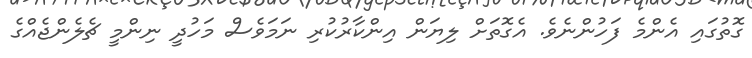
ގޮތުގައި އެންމެ ފަހުންނެވެ. އެގޮތަށް ލިޔަން އިންކާރުކުރި ނަމަވެސް މަހުދީ ނިންމީ ޗެލެންޖެއްގެ